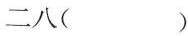
二八()